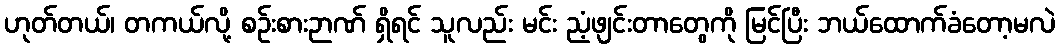
ဟုတ်တယ်၊ တကယ်လို့ စဉ်းစားဉာဏ် ရှိရင် သူလည်း မင်း ညံ့ဖျင်းတာတွေကို မြင်ပြီး ဘယ်ထောက်ခံတော့မလဲ